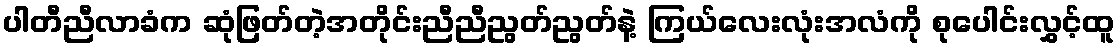
ပါတီညီလာခံက ဆုံဖြတ်တဲ့အတိုင်းညီညီညွတ်ညွတ်နဲ့ ကြယ်လေးလုံးအလံကို စုပေါင်းလွှင့်ထူ